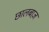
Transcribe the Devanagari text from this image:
छालबाज़